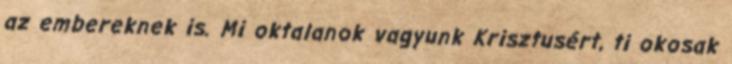
az embereknek is. Mi oktalanok vagyunk Krisztusért, ti okosak